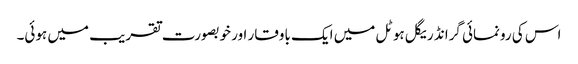
اس کی رونمائی گرانڈ ریگل ہوٹل میں ایک باوقار اور خوبصورت تقریب میں ہوئی۔